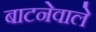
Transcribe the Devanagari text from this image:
बाटनेवाले